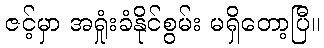
ဇင့်မှာ အရှုံးခံနိုင်စွမ်း မရှိတော့ပြီ။